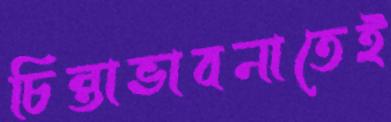
চিন্তাভাবনাতেই